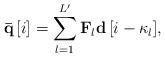
LaTeX: \begin{align*} {\bf{\bar q}}\left[ i \right] = \sum\limits_{l = 1}^{L'} {{{{\bf{F}}}_l}{\bf{d}}\left[ {i - {\kappa _l}} \right]}, \end{align*}